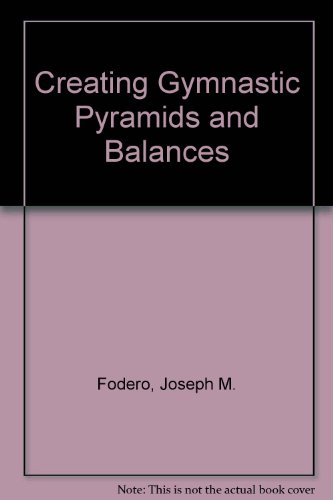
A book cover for Creating Gymnastic Pyramids and Balances; Joseph M. Fodero; Sports & Outdoors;